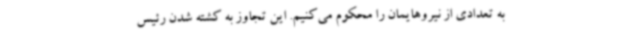
به تعدادی از نیروهایمان را محکوم می‌کنیم. این تجاوز به کشته شدن رئیس